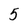
Character: 5